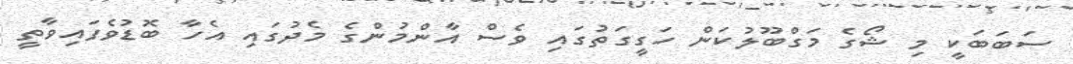
ސަބަބަކީ މި ޝޯގެ މަގްބޫލުކަން ހަގީގަތުގައި ވެސް އާންމުންގެ މެދުގައި އެހާ ބޮޑުވެފައިވާތީ